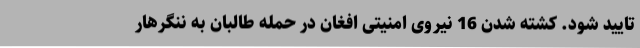
تایید شود. کشته شدن 16 نیروی امنیتی افغان در حمله طالبان به ننگرهار